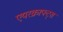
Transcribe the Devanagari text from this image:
एयरक्राफ्ट्स